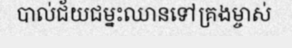
បាល់ជ័យជម្នះឈានទៅគ្រងម្ចាស់